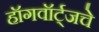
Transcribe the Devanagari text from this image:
हॉगवॉर्ट्‌जचे